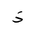
Letter: _thal